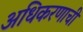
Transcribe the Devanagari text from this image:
अधिकरणाची